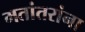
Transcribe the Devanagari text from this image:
मतांतरांना